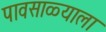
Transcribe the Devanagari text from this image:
पावसाळ्याला